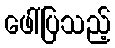
ဖေါ်ပြသည့်